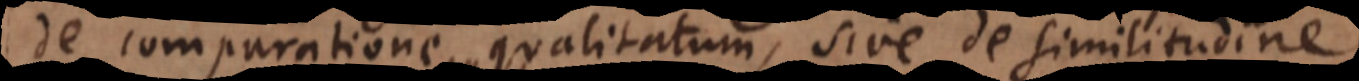
de comparatione qualitatum, sive de similitudine